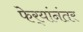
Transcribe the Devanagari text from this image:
फेर्‍यांनंतर